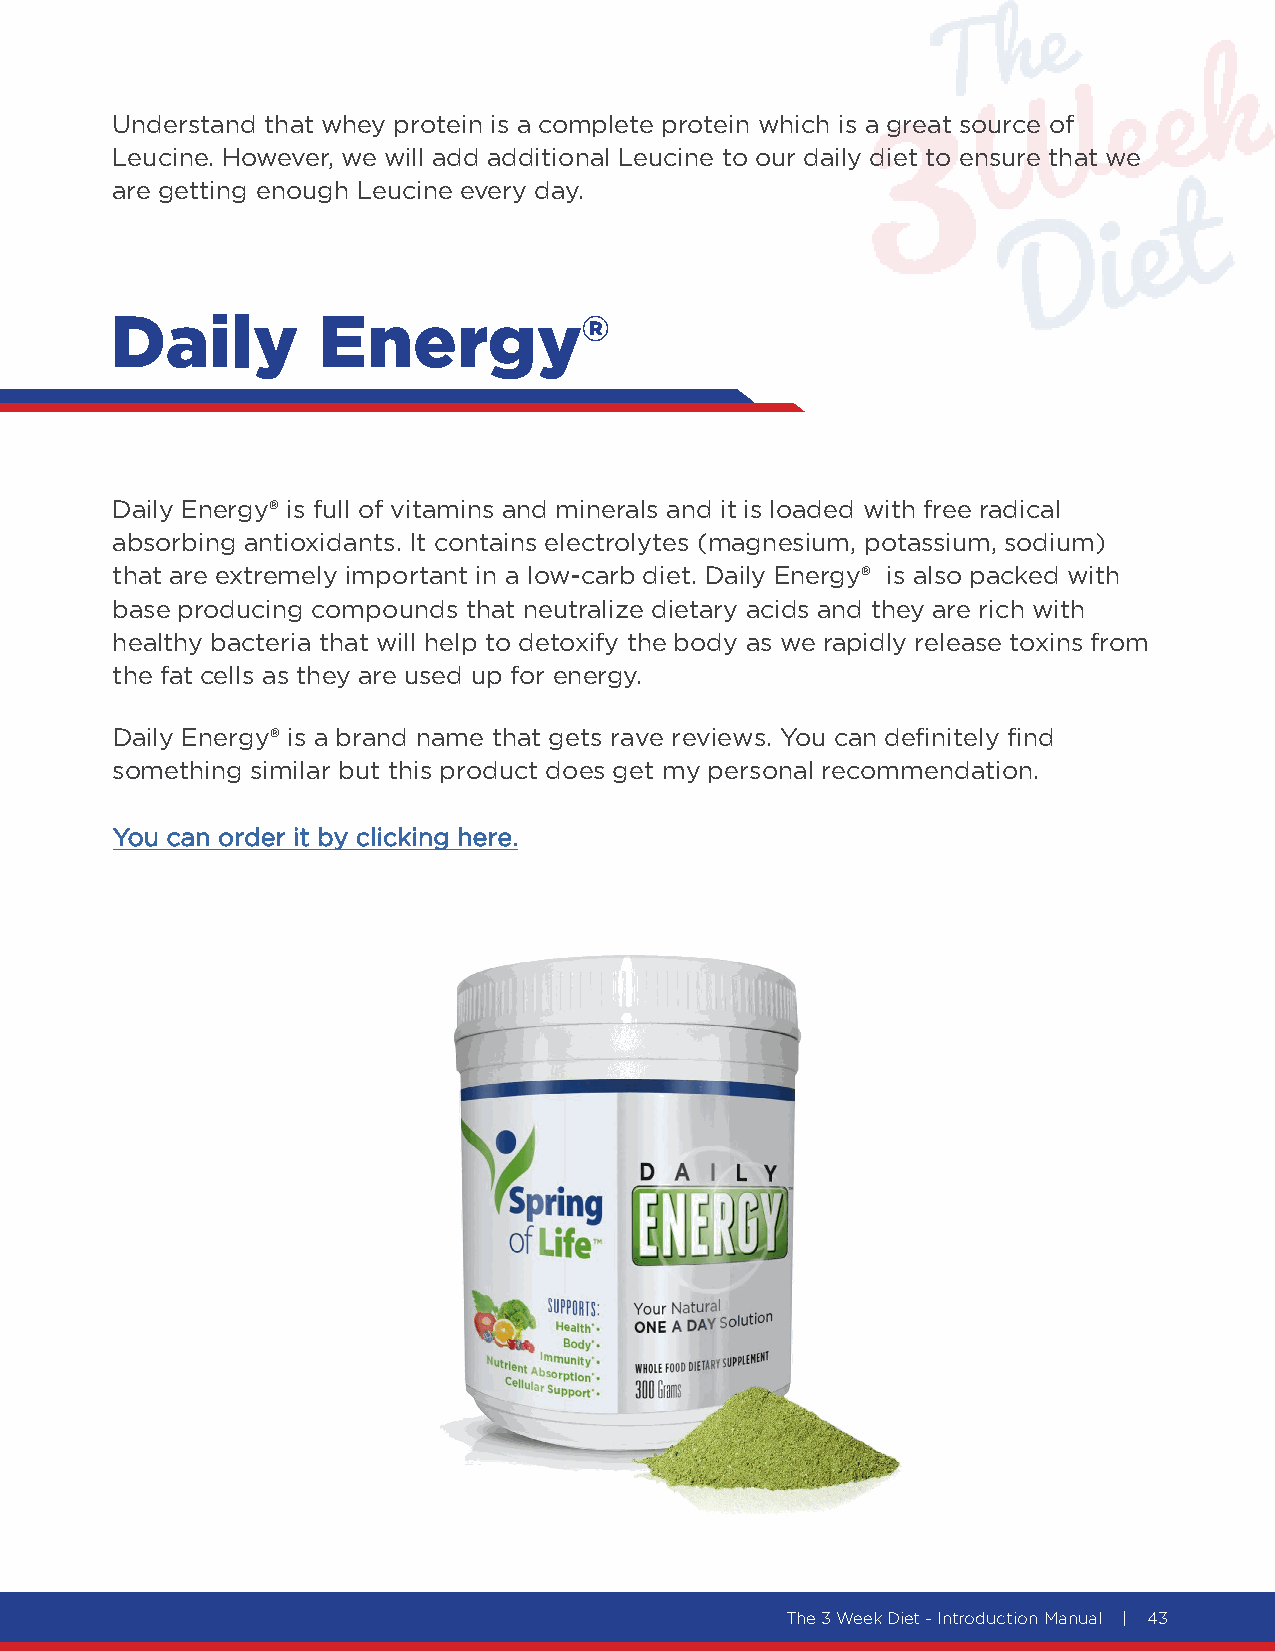
Understand that whey protein is a complete protein which is a great source of
 Leucine. However, we will add additional Leucine to our daily diet to ensure that we
 are getting enough Leucine every day.
 Daily         Energy®
 Daily Energy® is full of vitamins and minerals and it is loaded with free radical
 absorbing antioxidants. It contains electrolytes (magnesium, potassium, sodium)
 that are extremely important in a low-carb diet. Daily Energy® is also packed with
 base producing compounds that neutralize dietary acids and they are rich with
 healthy bacteria that will help to detoxify the body as we rapidly release toxins from
 the fat cells as they are used up for energy.
 Daily Energy® is a brand name that gets rave reviews. You can definitely find
 something similar but this product does get my personal recommendation.
 You can order it by clicking here.
 The 3 Week Diet - Introduction Manual | 43